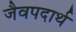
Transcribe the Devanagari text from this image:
जैवपदार्थ